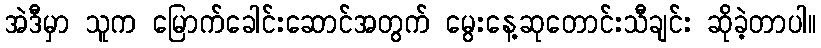
အဲဒီမှာ သူက မြောက်ခေါင်းဆောင်အတွက် မွေးနေ့ဆုတောင်းသီချင်း ဆိုခဲ့တာပါ။